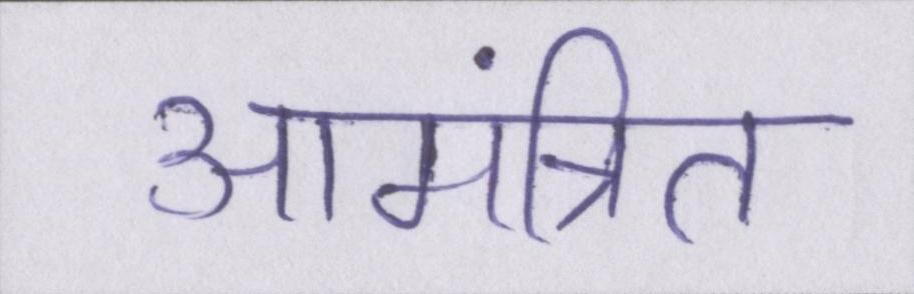
आमंत्रित